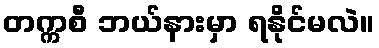
တက္ကစီ ဘယ်နားမှာ ရနိုင်မလဲ။